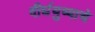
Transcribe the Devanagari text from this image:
दीर्घयुष्याचे